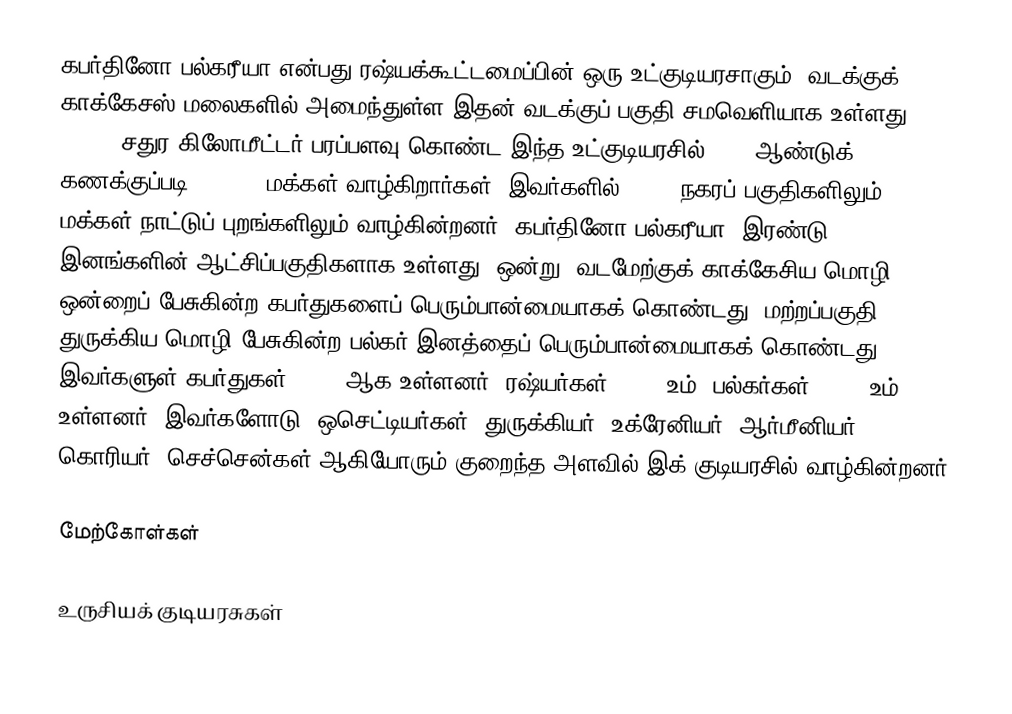
கபர்தினோ-பல்கரீயா என்பது ரஷ்யக்கூட்டமைப்பின் ஒரு உட்குடியரசாகும். வடக்குக் காக்கேசஸ் மலைகளில் அமைந்துள்ள இதன் வடக்குப் பகுதி சமவெளியாக உள்ளது. 12,500 சதுர கிலோமீட்டர் பரப்பளவு கொண்ட இந்த உட்குடியரசில் 2002 ஆண்டுக் கணக்குப்படி 901,494 மக்கள் வாழ்கிறார்கள். இவர்களில் 56.6% நகரப் பகுதிகளிலும், 43.4% மக்கள் நாட்டுப் புறங்களிலும் வாழ்கின்றனர். கபர்தினோ-பல்கரீயா, இரண்டு இனங்களின் ஆட்சிப்பகுதிகளாக உள்ளது. ஒன்று, வடமேற்குக் காக்கேசிய மொழி ஒன்றைப் பேசுகின்ற கபர்துகளைப் பெரும்பான்மையாகக் கொண்டது. மற்றப்பகுதி துருக்கிய மொழி பேசுகின்ற பல்கர் இனத்தைப் பெரும்பான்மையாகக் கொண்டது. இவர்களுள் கபர்துகள் 55.3% ஆக உள்ளனர். ரஷ்யர்கள் 25.1% உம், பல்கர்கள் 11.6% உம் உள்ளனர். இவர்களோடு, ஒசெட்டியர்கள், துருக்கியர், உக்ரேனியர், ஆர்மீனியர், கொரியர், செச்சென்கள் ஆகியோரும் குறைந்த அளவில் இக் குடியரசில் வாழ்கின்றனர்.

மேற்கோள்கள்

உருசியக் குடியரசுகள்